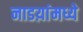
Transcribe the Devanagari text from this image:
नाडय़ांमध्ये